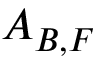
{ \cal A } _ { B , F }